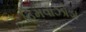
હિમવાઝોડા